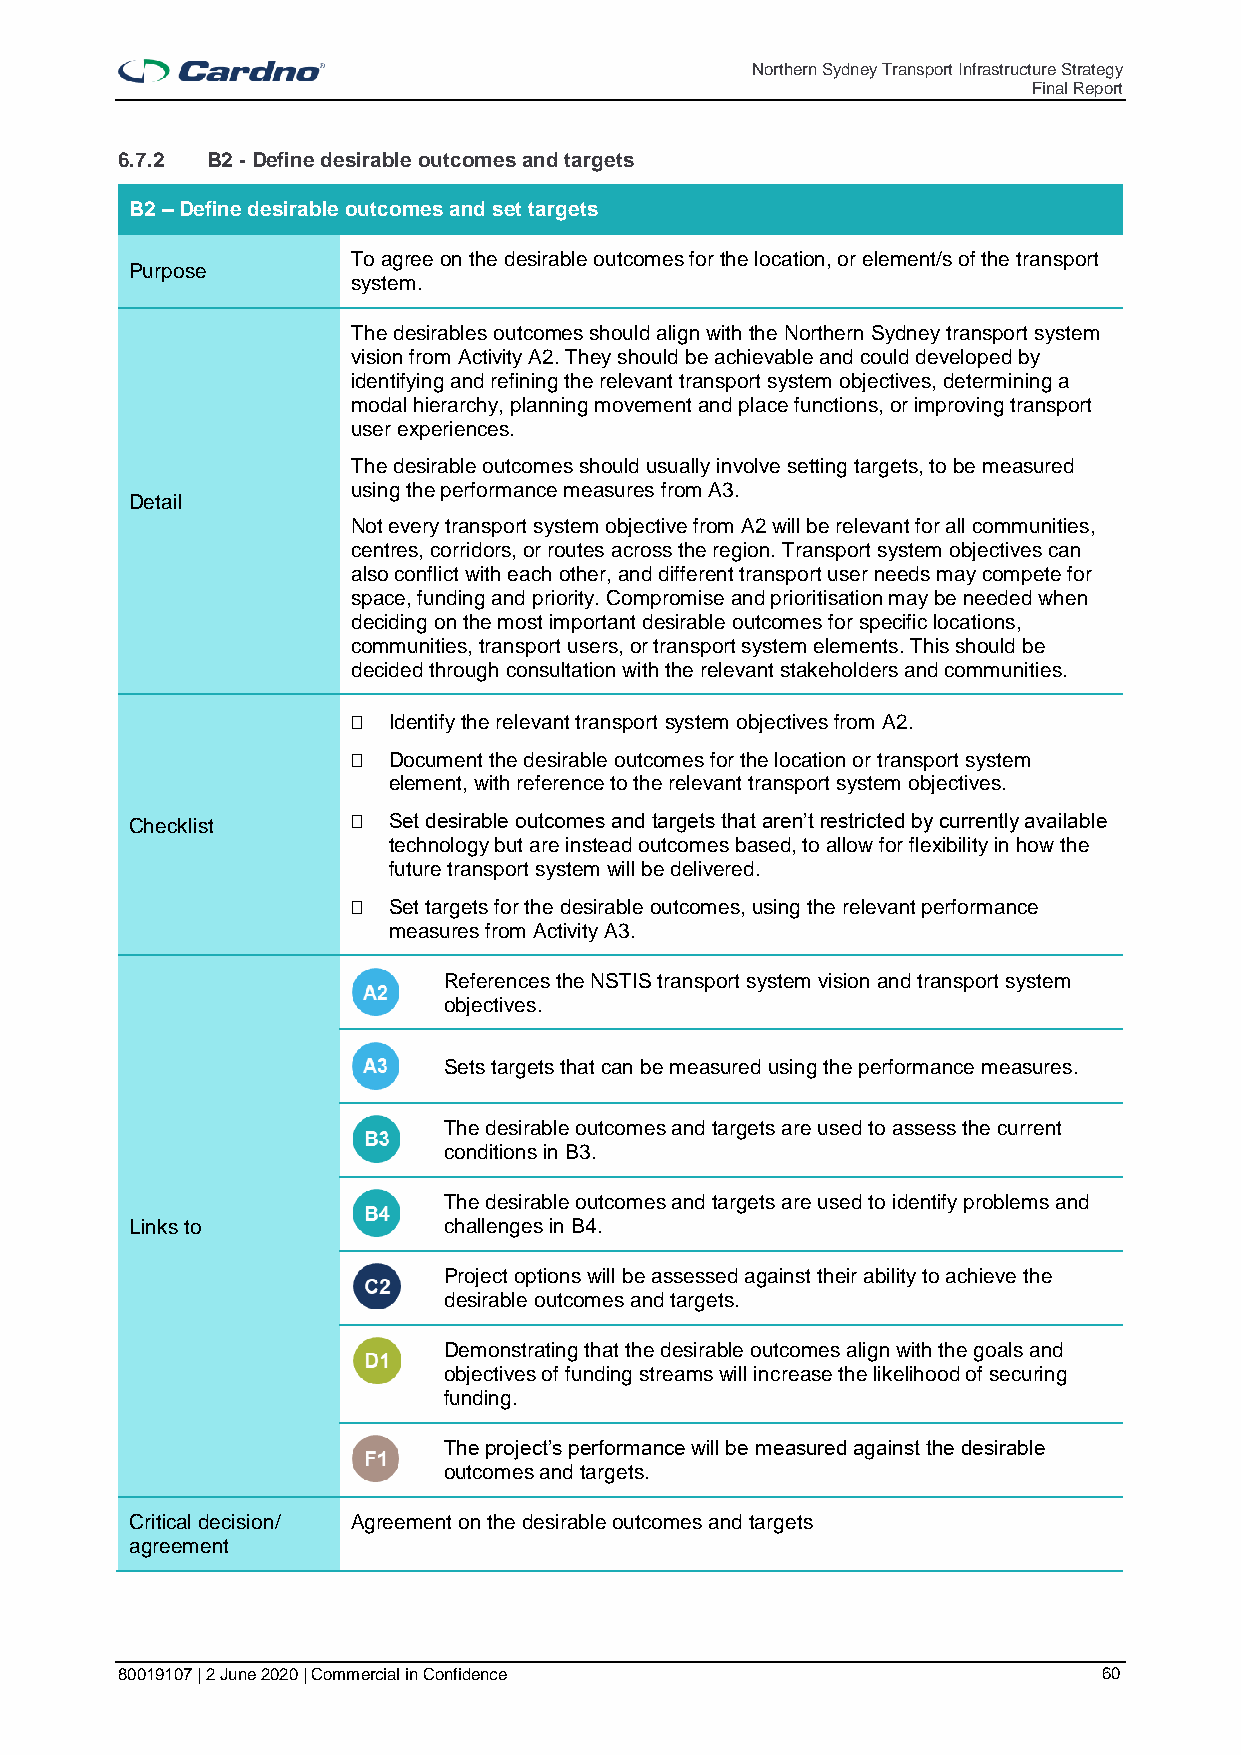
Northern Sydney Transport Infrastructure Strategy
 Final Report
 6.7.2 B2 - Define desirable outcomes and targets
 B2 – Define desirable outcomes and set targets
 To agree on the desirable outcomes for the location, or element/s of the transport
 Purpose
 system.
 The desirables outcomes should align with the Northern Sydney transport system
 vision from Activity A2. They should be achievable and could developed by
 identifying and refining the relevant transport system objectives, determining a
 modal hierarchy, planning movement and place functions, or improving transport
 user experiences.
 The desirable outcomes should usually involve setting targets, to be measured
 using the performance measures from A3.
 Detail
 Not every transport system objective from A2 will be relevant for all communities,
 centres, corridors, or routes across the region. Transport system objectives can
 also conflict with each other, and different transport user needs may compete for
 space, funding and priority. Compromise and prioritisation may be needed when
 deciding on the most important desirable outcomes for specific locations,
 communities, transport users, or transport system elements. This should be
 decided through consultation with the relevant stakeholders and communities.
   Identify the relevant transport system objectives from A2.
   Document the desirable outcomes for the location or transport system
 element, with reference to the relevant transport system objectives.
 Checklist       Set desirable outcomes and targets that aren’t restricted by currently available
 technology but are instead outcomes based, to allow for flexibility in how the
 future transport system will be delivered.
   Set targets for the desirable outcomes, using the relevant performance
 measures from Activity A3.
 References the NSTIS transport system vision and transport system
 objectives.
 Sets targets that can be measured using the performance measures.
 The desirable outcomes and targets are used to assess the current
 conditions in B3.
 The desirable outcomes and targets are used to identify problems and
 Links to            challenges in B4.
 Project options will be assessed against their ability to achieve the
 desirable outcomes and targets.
 Demonstrating that the desirable outcomes align with the goals and
 objectives of funding streams will increase the likelihood of securing
 funding.
 The project’s performance will be measured against the desirable
 outcomes and targets.
 Critical decision/ Agreement on the desirable outcomes and targets
 agreement
 80019107 | 2 June 2020 | Commercial in Confidence                60